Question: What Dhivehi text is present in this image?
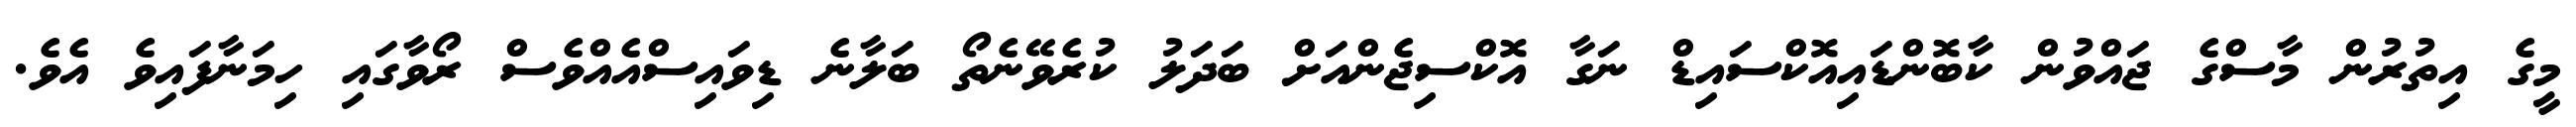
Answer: މީގެ އިތުރުން މާސްގެ ޖައްވުން ކާބޮންޑައިއޮކްސައިޑް ނަގާ އޮކްސިޖެންއަށް ބަދަލު ކުރެވޭނެތޯ ބަލާނެ ޑިވައިސްއެއްވެސް ރޯވާގައި ހިމަނާފައިވެ އެވެ.